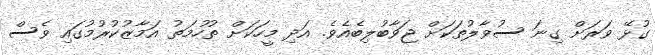
ގުޅޭ ވަރަށް ގިނަ ސުވާލުތަކަށް ޖަވާބުލިބެއެވެ. އަދި މީހަކަށް ތުހުމަތު އަމާޒުކުރުމުގައި ވެސް